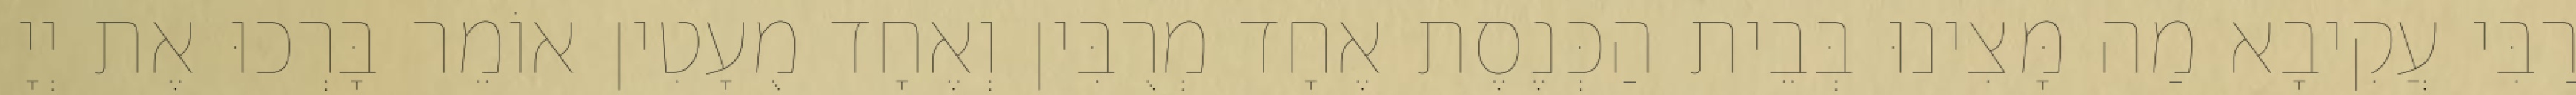
רַבִּי עֲקִיבָא מַה מָּצִינוּ בְּבֵית הַכְּנֶסֶת אֶחָד מְרֻבִּין וְאֶחָד מֻעָטִין אוֹמֵר בָּרְכוּ אֶת יְיָ